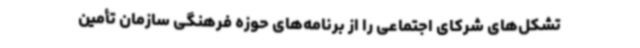
تشکل‌های شرکای اجتماعی را از برنامه‌های حوزه فرهنگی سازمان تأمین